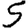
Digit: 5